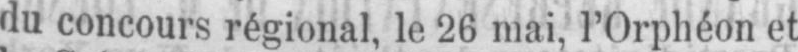
du concours régional, le 26 mai, l’Orphéon et